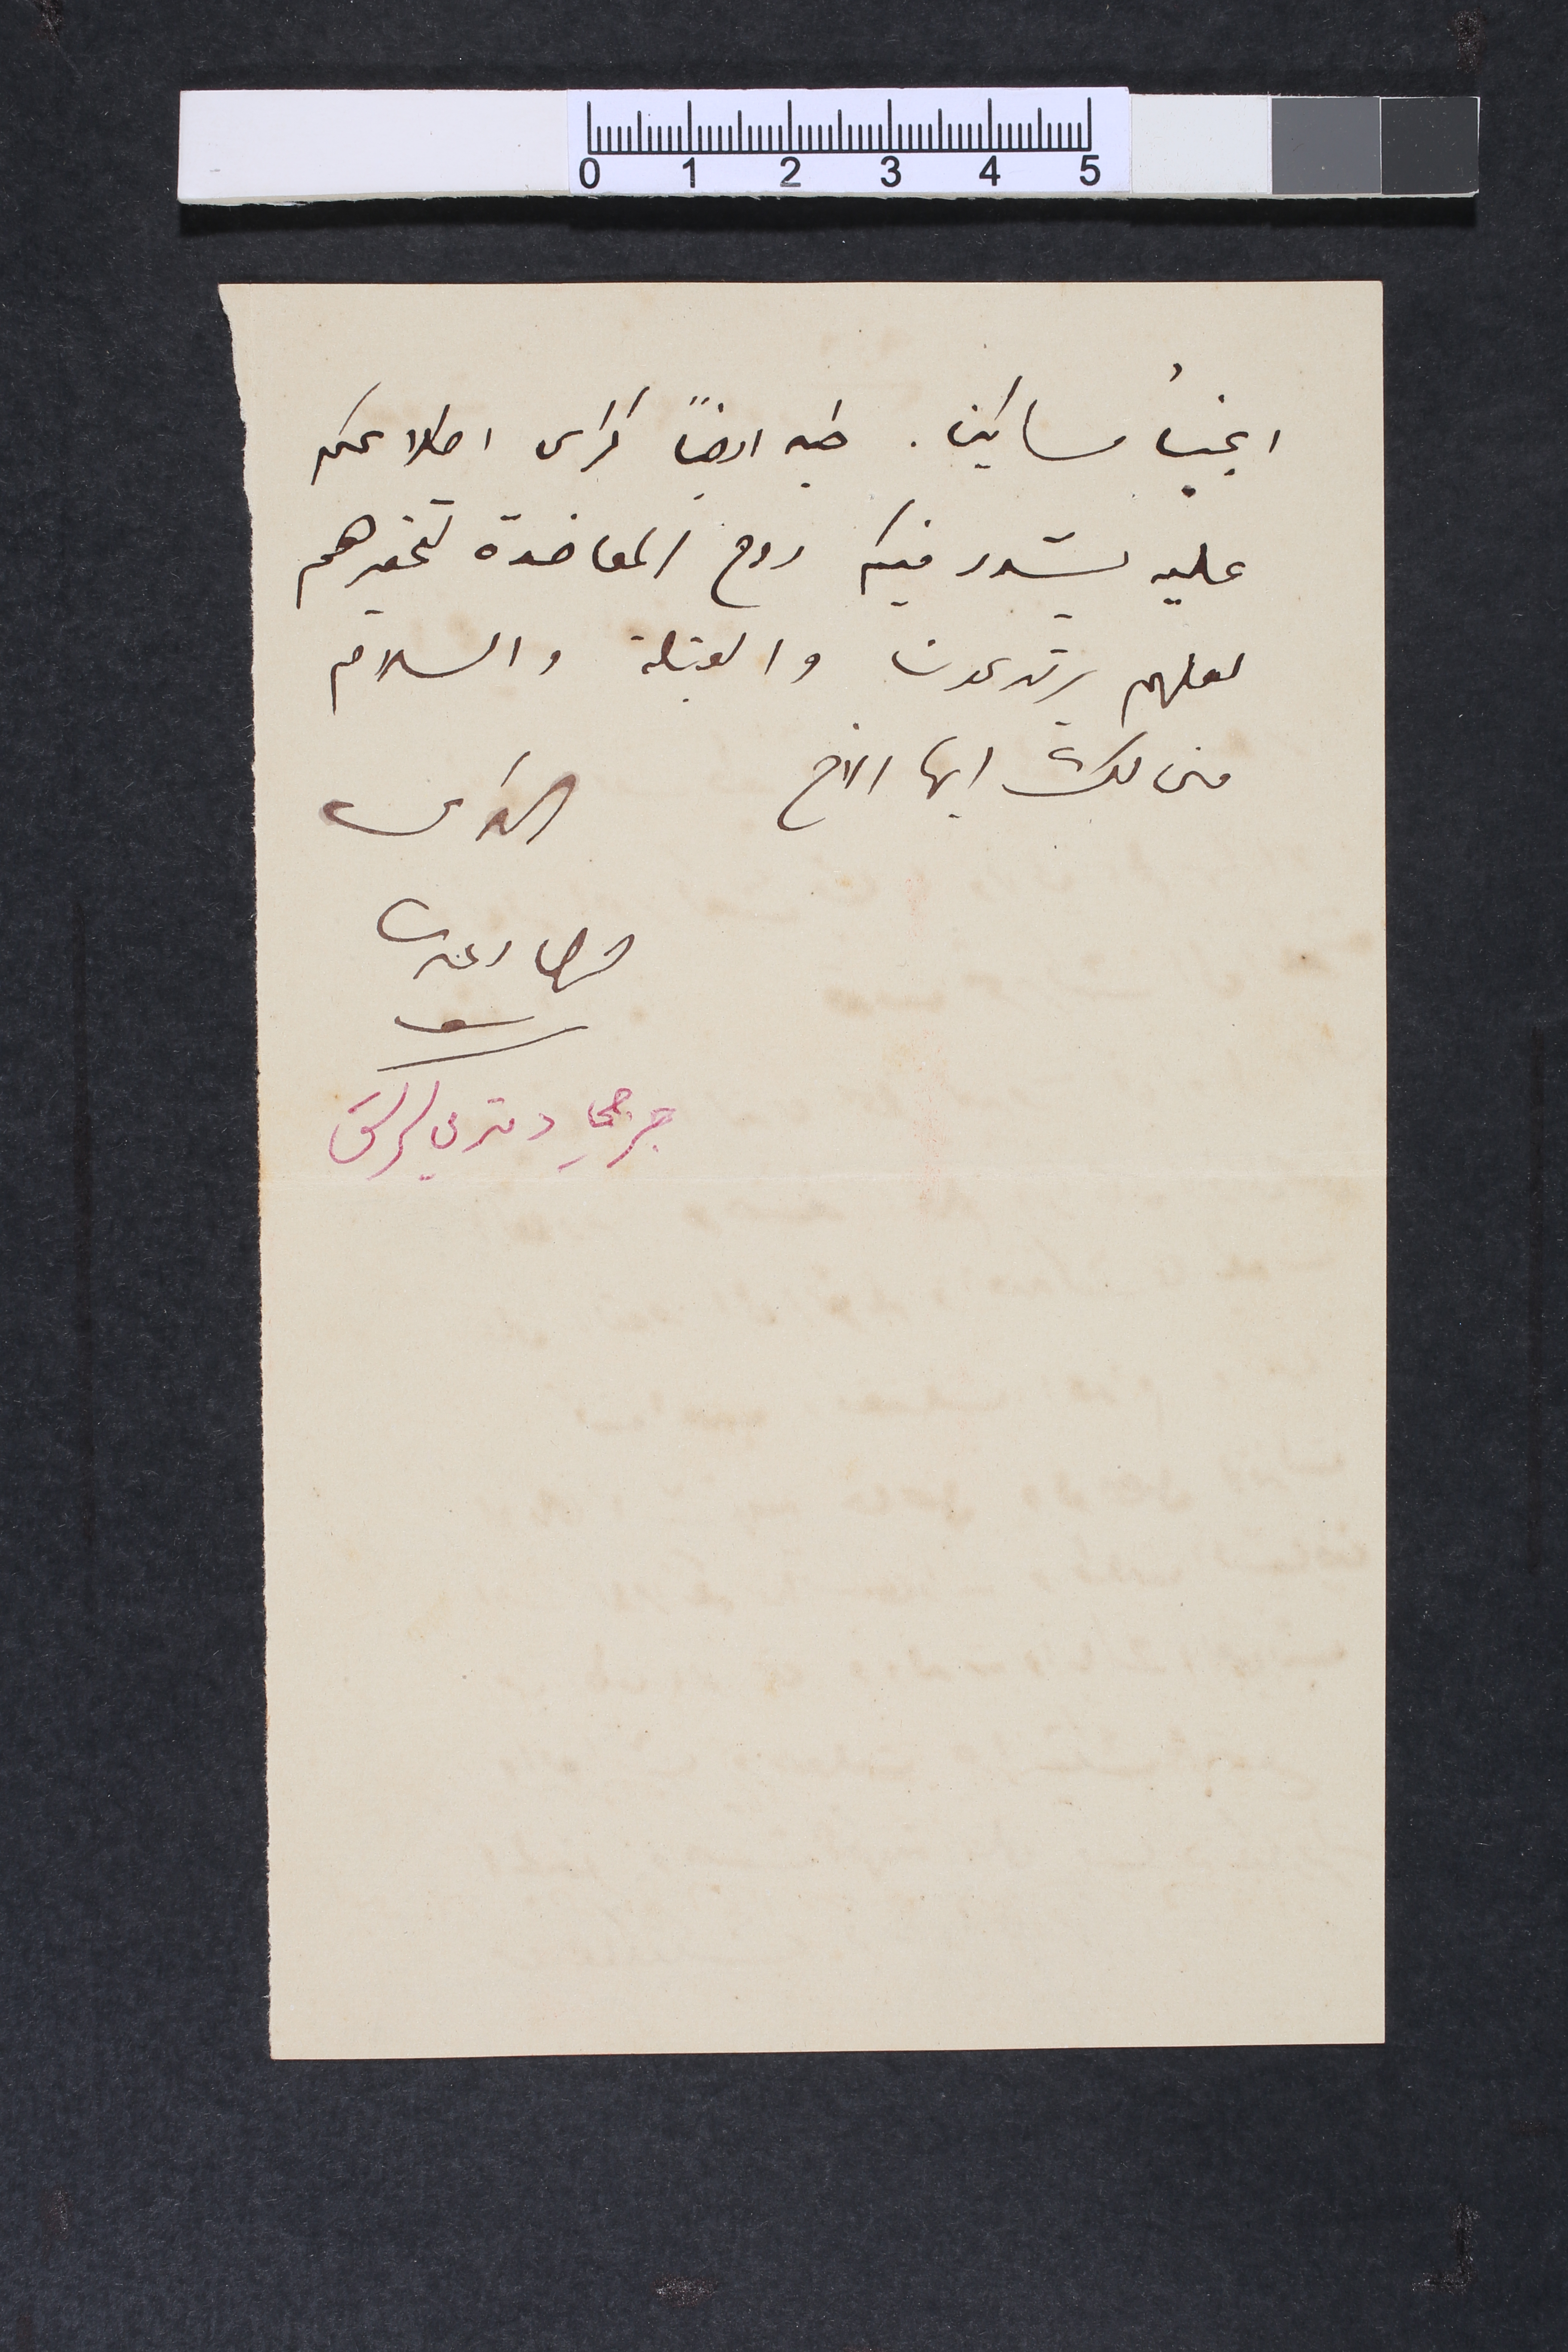
انجبا مساكين. طيه أيضاً كراس اطلاعكم
عليه يشدد فيكم روح المعاضدة لتحقيرهم
لعلهم يرتدعون والقبلة والسلام
منى لك ايها الاخ
الداعى		جرجي دمتري سرسق		جرجي دمتري سرسق